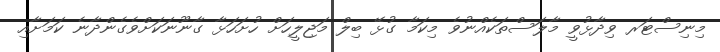
މިނިސްޓަރ ވިދާޅުވީ މާލަސްތަކެއްނުވެ މިކަމާ ގުޅޭ ބިލް މަޖިލީހަށް ހުށަހަޅާ ގާނޫނަކަށްވެގެންދާނެ ކަމަށާއި